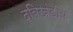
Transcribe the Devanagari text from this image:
द्विखंडीय